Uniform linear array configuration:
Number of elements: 48
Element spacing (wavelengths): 0.5
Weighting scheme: hann
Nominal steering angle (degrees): -45
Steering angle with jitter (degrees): -46.583
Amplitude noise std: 0.05
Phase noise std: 0.05

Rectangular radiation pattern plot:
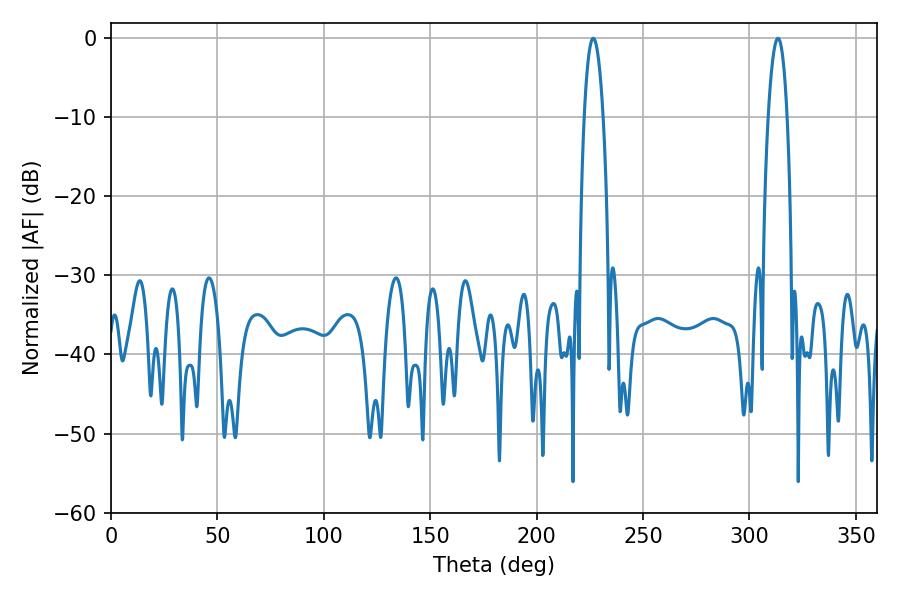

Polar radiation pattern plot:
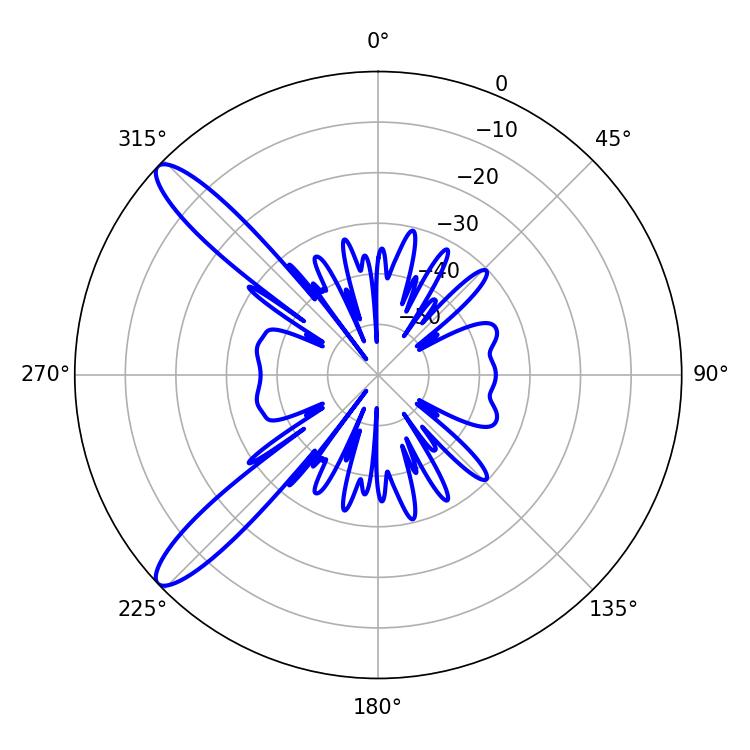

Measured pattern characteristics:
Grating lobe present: FALSE
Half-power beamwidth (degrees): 4.86
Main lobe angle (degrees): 313.38